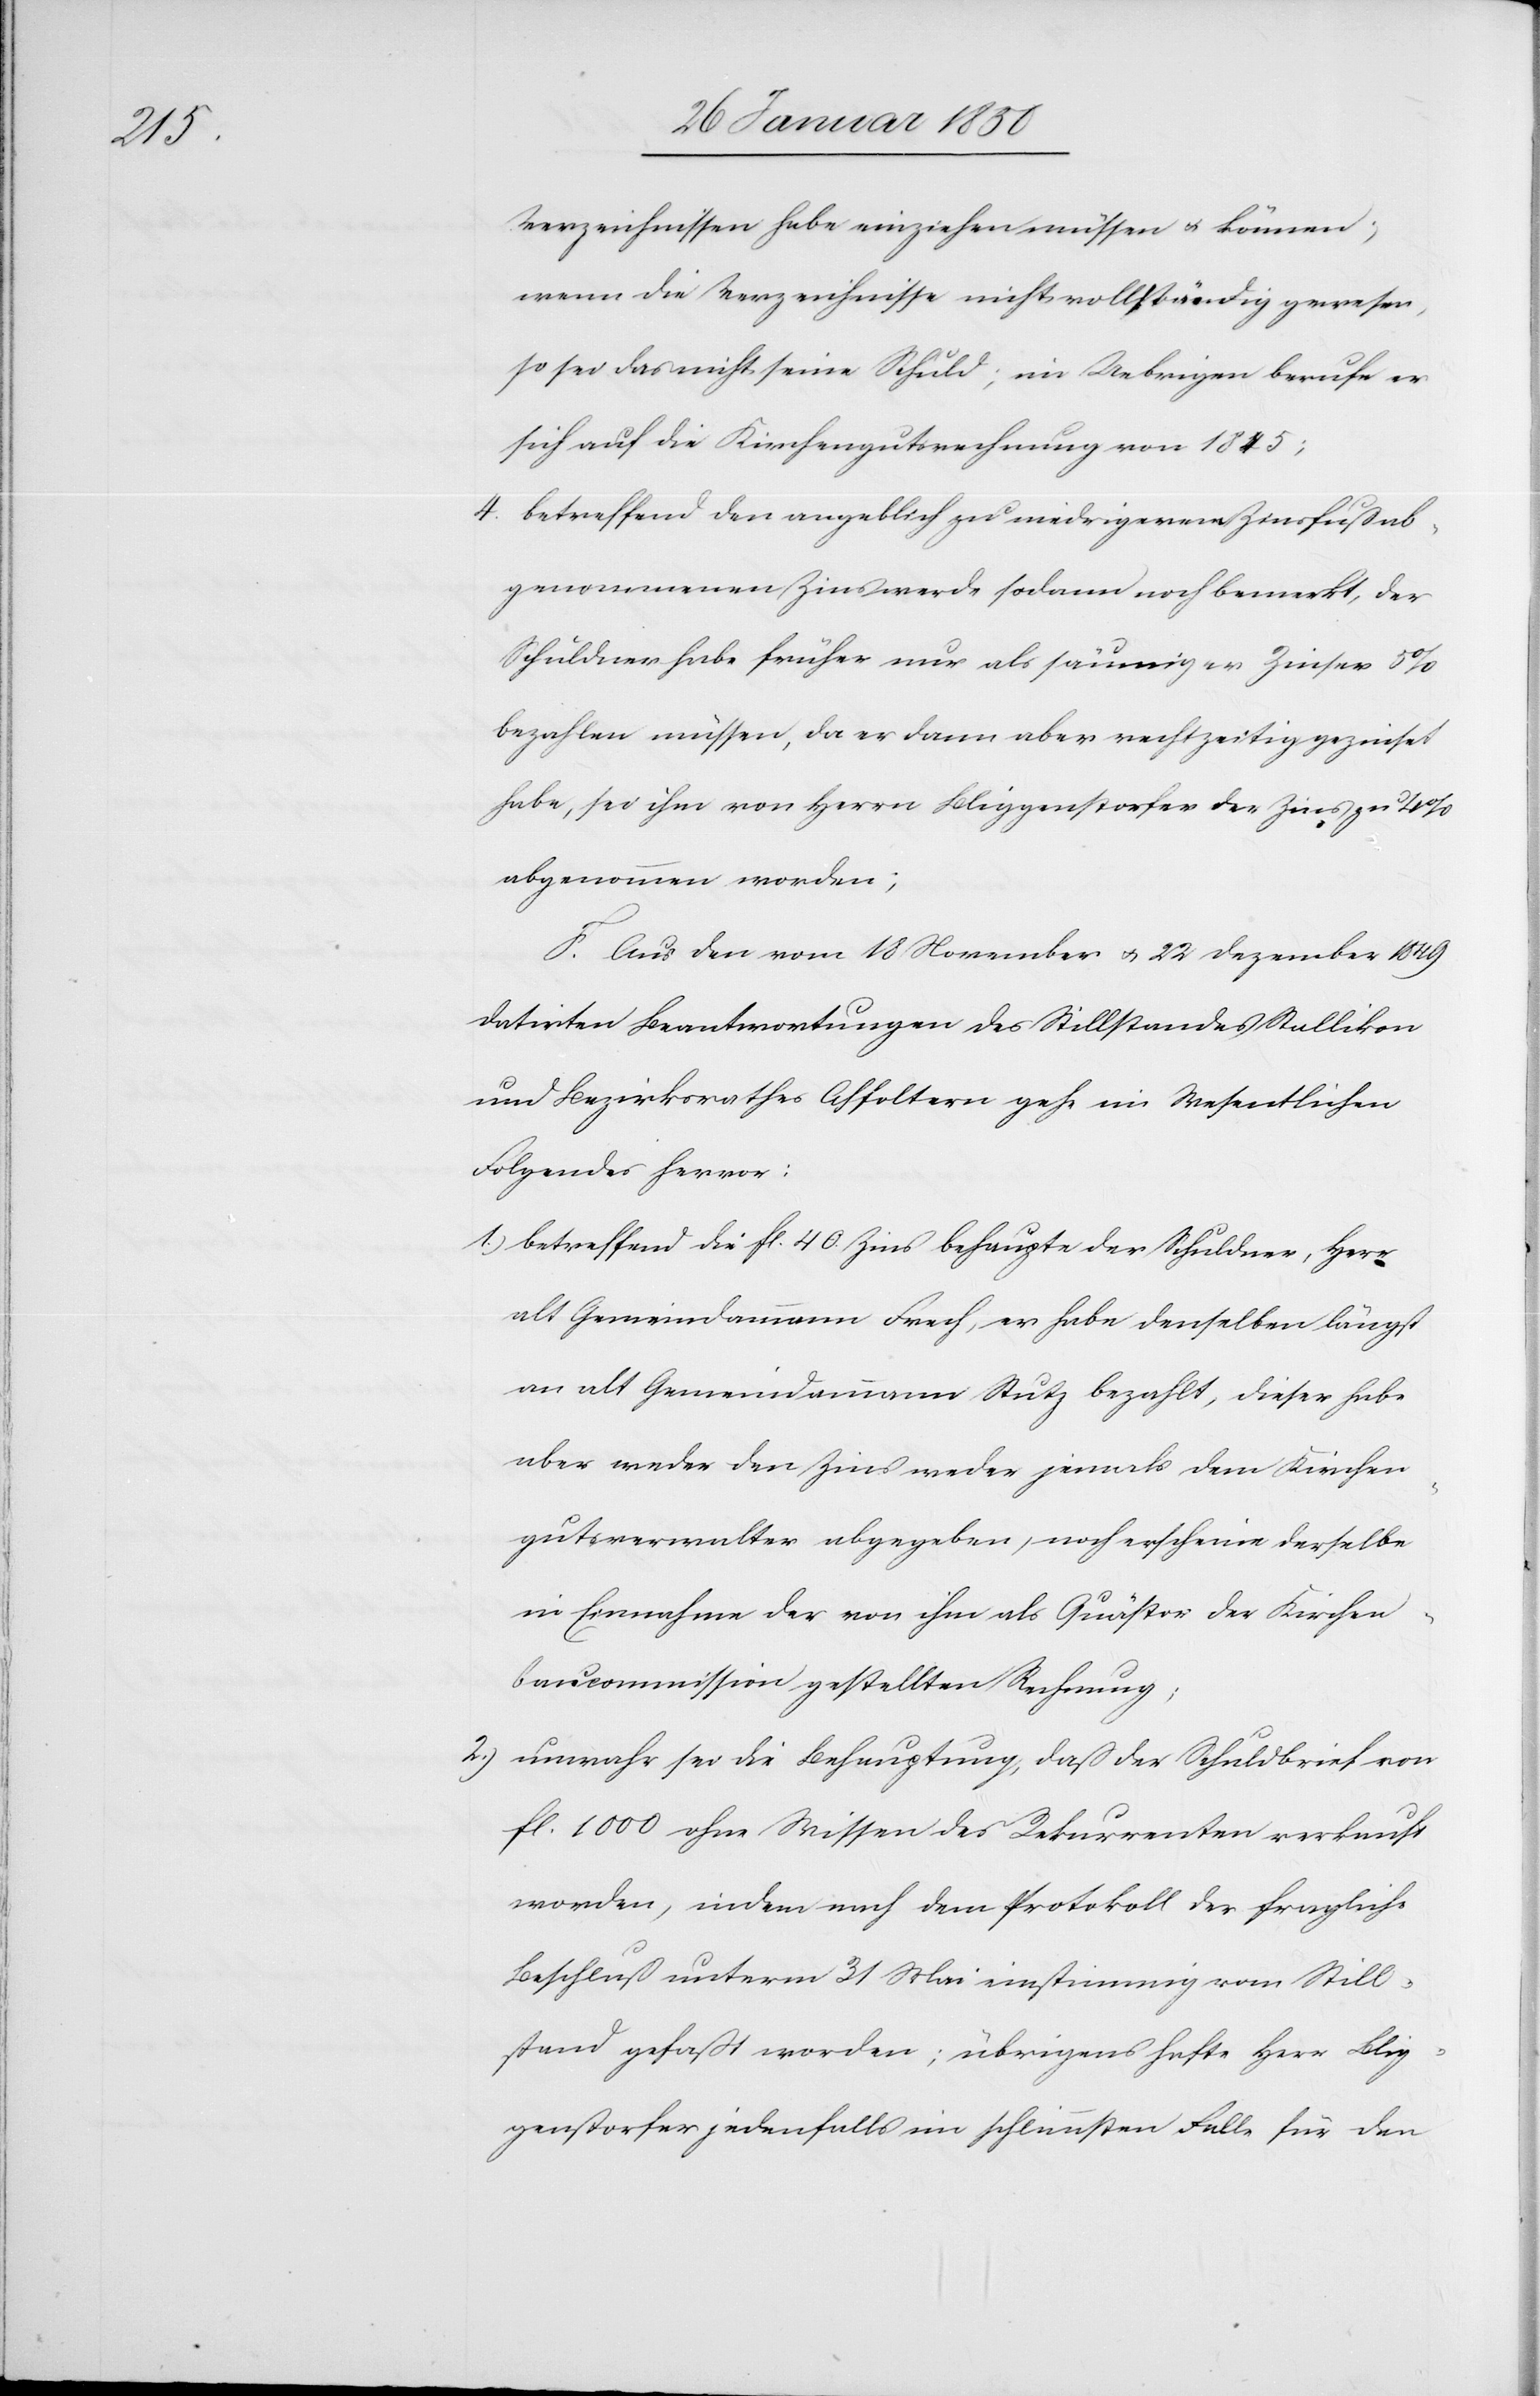
Verzeichnissen habe einziehen müssen u. können;
wenn die Verzeichnisse nicht vollständig gewesen,
so sei das nicht seine Schuld; im Uebrigen berufe er
sich auf die Kirchengutsrechnung von 1845;
4. betreffend den angeblich zu niedrigerem Zinsfuß ab¬
genommenen Zins werde sodann noch bemerkt, der
Schuldner habe früher nur als säumiger Zinser 5
bezahlen müssen, da er dann aber rechtzeitig gezinset
habe, sei ihm von Herrn Bliggenstorfer der Zins zu 4
abgenommen worden;
F. Aus den vom 18 November u. 22 Dezember 1849
datirten Beantwortungen des Stillstandes Stallikon
und Bezirksrathes Affoltern gehe im Wesentlichen
Folgendes hervor:
1.) betreffend die fl. 40 Zins behaupte der Schuldner, Herr
alt Gemeindammann Frech, er habe denselben längst
an alt Gemeindammann Stutz bezahlt, dieser habe
aber weder den Zins weder jemals dem Kirchen¬
gutsverwalter abgegeben, noch erscheine derselbe
in Einnahme der von ihm als Quästor der Kirchen¬
baucommission gestellten Rechnung;
2.) unwahr sei die Behauptung, daß der Schuldbrief von
fl. 1000 ohne Wissen des Rekurrenten verkauft
worden, indem nach dem Protokoll der fragliche
Beschluß unterm 31 Mai einstimmig vom Still¬
stand gefaßt worden; übrigens hafte Herr Blig¬
genstorfer jedenfalls im schlimmsten Falle für den